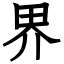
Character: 界